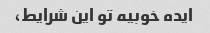
ایده خوبیه تو این شرایط،